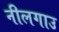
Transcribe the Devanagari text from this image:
नीलगाउ